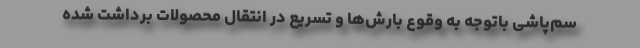
سم‌پاشی باتوجه به وقوع بارش‌ها و تسریع در انتقال محصولات برداشت شده